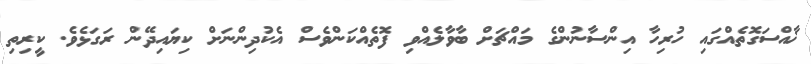
ޚާއްސަގޮތެއްގައި ހުރިހާ އިންސާނުންގެ މައްޗަށް ބާވާލެއްވި ފޮތެއްކަންވެސް އެކުދިންނަށް ކިޔައިދޭން ރަގަޅެވެ. ކީރިތި